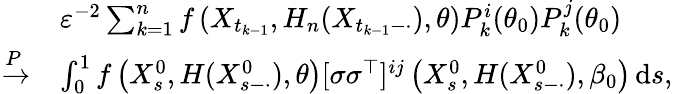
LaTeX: \begin{array}{rl}&{\varepsilon^{-2}\sum_{k=1}^{n}f\left(X_{t_{k-1}},H_{n}(X_{t_{k-1}-\cdot}),\theta\right)P_{k}^{i}(\theta_{0})P_{k}^{j}(\theta_{0})}\\ {\xrightarrow{P}}&{\int_{0}^{1}f\left(X_{s}^{0},H(X_{s-\cdot}^{0}),\theta\right)[\sigma\sigma^{\top}]^{ij}\left(X_{s}^{0},H(X_{s-\cdot}^{0}),\beta_{0}\right)\, \mathrm{d}s,}\end{array}